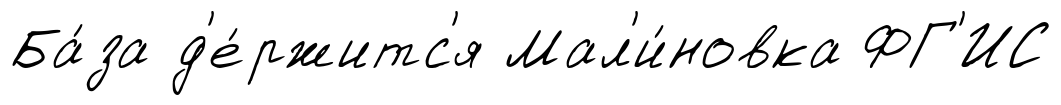
Ба́за д'е́ржитс'я Мал'и́новка ФГ'ИС